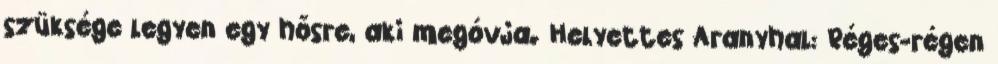
szüksége legyen egy hősre, aki megóvja. Helyettes Aranyhal: Réges-régen